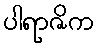
ပါရာဇိက